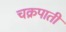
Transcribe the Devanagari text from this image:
चक्रपाती